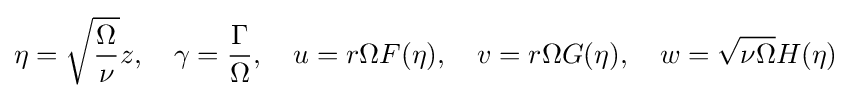
\eta ={\sqrt {\frac {\Omega }{\nu }}}z,\quad \gamma ={\frac {\Gamma }{\Omega }},\quad u=r\Omega F(\eta ),\quad v=r\Omega G(\eta ),\quad w={\sqrt {\nu \Omega }}H(\eta )